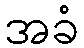
အခံ